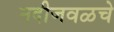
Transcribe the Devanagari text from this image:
नदीजवळचे